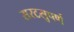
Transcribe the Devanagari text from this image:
सरटसुपर्ण